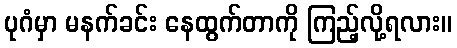
ပုဂံမှာ မနက်ခင်း နေထွက်တာကို ကြည့်လို့ရလား။